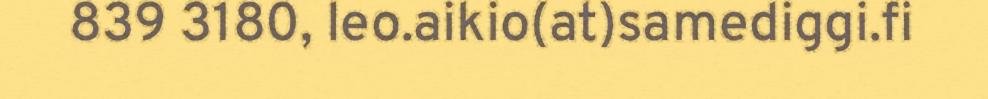
839 3180, leo.aikio(at)samediggi.fi